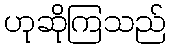
ဟုဆိုကြသည်